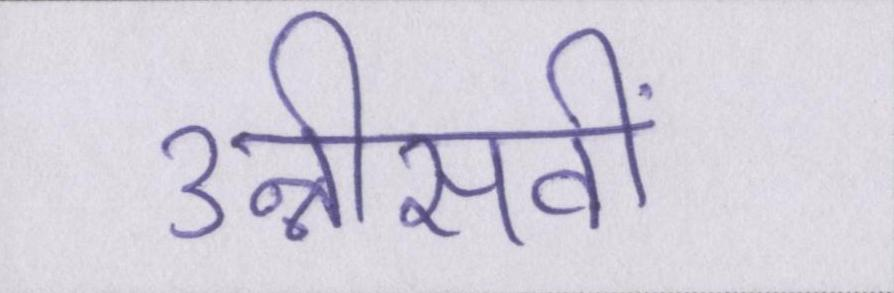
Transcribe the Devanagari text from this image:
उन्नीसवीं